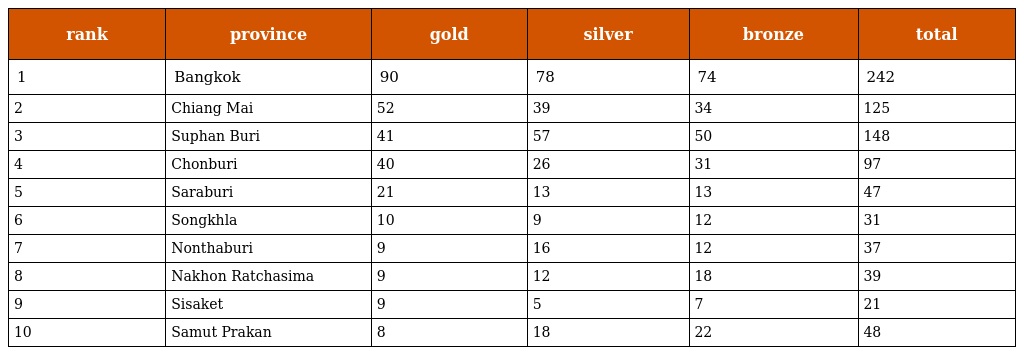
| rank | province | gold | silver | bronze | total |
 | --- | --- | --- | --- | --- | --- |
 | 1 | Bangkok | 90 | 78 | 74 | 242 |
 | 2 | Chiang Mai | 52 | 39 | 34 | 125 |
 | 3 | Suphan Buri | 41 | 57 | 50 | 148 |
 | 4 | Chonburi | 40 | 26 | 31 | 97 |
 | 5 | Saraburi | 21 | 13 | 13 | 47 |
 | 6 | Songkhla | 10 | 9 | 12 | 31 |
 | 7 | Nonthaburi | 9 | 16 | 12 | 37 |
 | 8 | Nakhon Ratchasima | 9 | 12 | 18 | 39 |
 | 9 | Sisaket | 9 | 5 | 7 | 21 |
 | 10 | Samut Prakan | 8 | 18 | 22 | 48 |